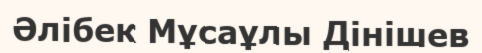
Әлібек Мұсаұлы Дінішев